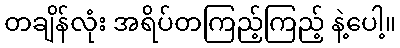
တချိန်လုံး အရိပ်တကြည့်ကြည့် နဲ့ပေါ့။